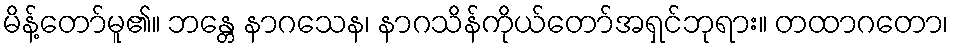
မိန့်တော်မူ၏။ ဘန္တေ နာဂသေန၊ နာဂသိန်ကိုယ်တော်အရှင်ဘုရား။ တထာဂတော၊